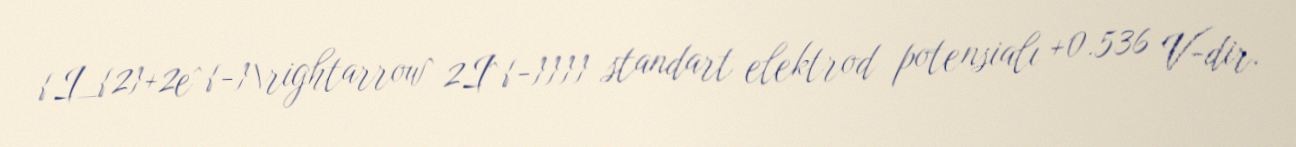
{I_{2}+2e^{-}\rightarrow 2I^{-}}}} standart elektrod potensialı +0.536 V-dir.